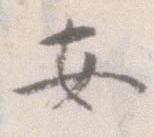
安